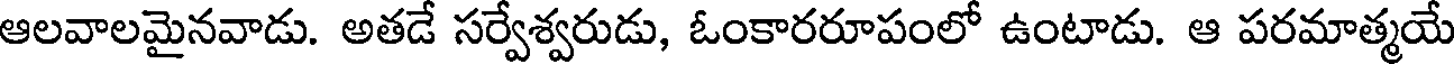
ఆలవాలమైనవాడు. అతడే సర్వేశ్వరుడు, ఓంకారరూపంలో ఉంటాడు. ఆ పరమాత్మయే